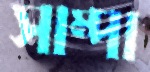
সাম্পা